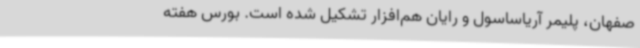
صفهان، پلیمر آریاساسول و رایان‌ هم‌افزار تشکیل شده است. بورس هفته